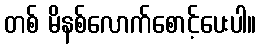
တစ် မိနစ်လောက်စောင့်ပေးပါ။